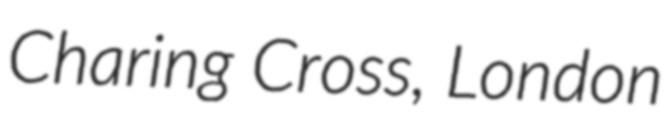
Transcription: Charing Cross, London